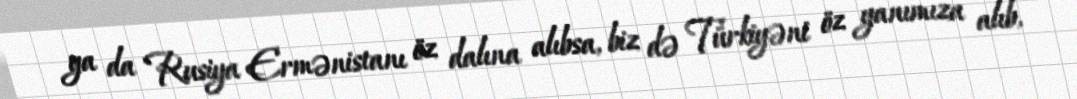
ya da Rusiya Ermənistanı öz dalına alıbsa, biz də Türkiyəni öz yanımıza alıb,